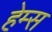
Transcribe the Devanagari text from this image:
हेम्‍स